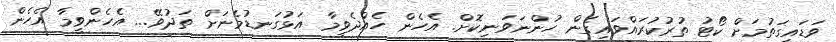
ވަޑައިގަތުމަށް ކޯޓު ތުރުކުރައްވައިގެން ހުންނަވަނިކޮށް. އެހެން ހެއްދެވީމާ އަޅުގަނޑުމެނަށް ތަދުވޭ... އެހެންވީމާ އެހެން